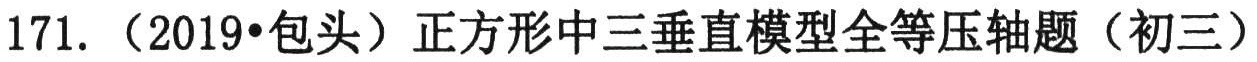
171. （2019•包头）正方形中三垂直模型全等压轴题（初三）